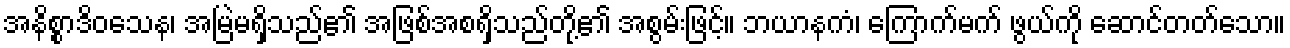
အနိစ္စာဒိဝသေန၊ အမြဲမရှိသည်၏ အဖြစ်အစရှိသည်တို့၏ အစွမ်းဖြင့်။ ဘယာနကံ၊ ကြောက်မက် ဖွယ်ကို ဆောင်တတ်သော။